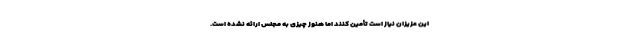
این عزیزان نیاز است تأمین کنند اما هنوز چیزی به مجلس ارائه نشده است.